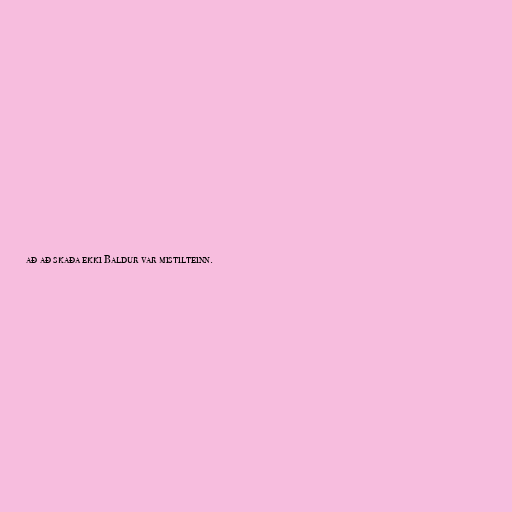
að að skaða ekki Baldur var mistilteinn.